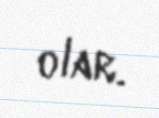
olar.